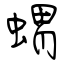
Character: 蝟